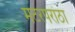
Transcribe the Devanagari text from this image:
मटरपरांठा